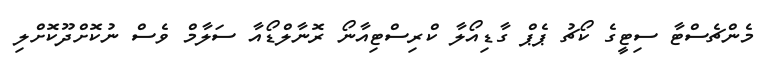
މެންޗެސްޓާ ސިޓީގެ ކޯޗު ޕެޕް ގާޑިއޯލާ ކްރިސްޓިއާނޯ ރޮނާލްޑޯއާ ސަލާމް ވެސް ނުކޮށްދޫކޮށްލި